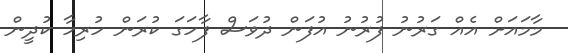
މާމައަށް އެއް ގަރުނު ފުރުނު އުފަން ދުވަސް ފާހަގަ ކުރަން ހުރިހާ ކުދީން